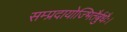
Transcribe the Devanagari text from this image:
सम्प्रदायोज्भितैर्बुधैः।